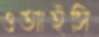
ওআইসি